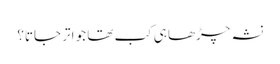
نشہ چڑھا ہی کب تھا جو اتر جاتا؟